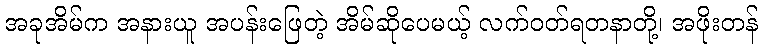
အခုအိမ်က အနားယူ အပန်းဖြေတဲ့ အိမ်ဆိုပေမယ့် လက်ဝတ်ရတနာတို့၊ အဖိုးတန်